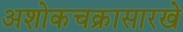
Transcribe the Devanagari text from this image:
अशोकचक्रासारखे